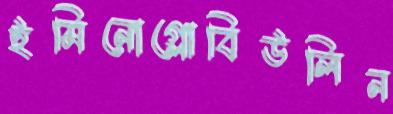
ইমিনোগ্লোবিউলিন